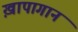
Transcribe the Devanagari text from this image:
ख़ापागान